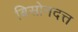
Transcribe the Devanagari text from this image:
बिसोनदत्त